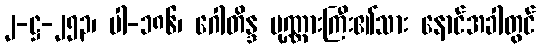
၂-ဋ္ဌ-၂၅၃၊ ပါ-၁၈၆၊ ဂေါတိန္ဒ ပုဏ္ဏားကြီး၏သား နောင်အခါတွင်